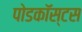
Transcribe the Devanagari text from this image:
पोडकॉस्टस